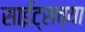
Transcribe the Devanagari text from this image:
साईट्सच्या